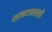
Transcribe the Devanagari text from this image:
श्रमदानासाठी